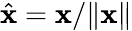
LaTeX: \hat{\mathbf{x}}=\mathbf{x}/\| \mathbf{x}\|